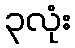
၃လုံး